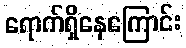
ရောက်ရှိနေကြောင်း